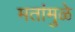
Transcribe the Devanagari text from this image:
मतांमुळे